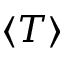
\langle T \rangle